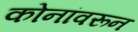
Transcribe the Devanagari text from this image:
कोनांवरून